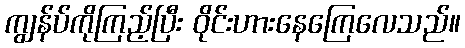
ကျွန်ပ်ကိုကြည့်ပြီး ဝိုင်းဟားနေကြေလေသည်။